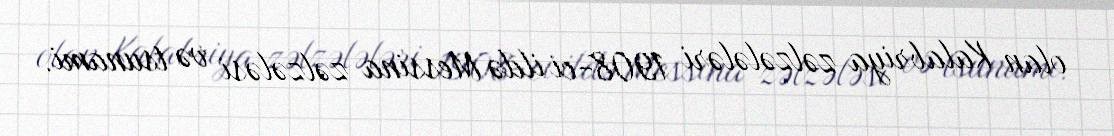
olan Kalabriya zəlzələləri 1908-ci ildə Messina zəlzələsi və tsunami.